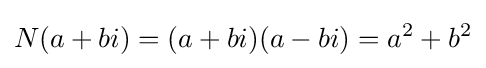
N(a+bi)=(a+bi)(a-bi)=a^{2}+b^{2}